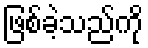
ဖြစ်ခဲ့သည်ကို